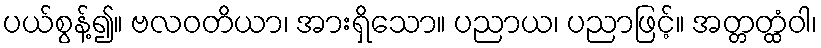
ပယ်စွန့်၍။ ဗလဝတိယာ၊ အားရှိသော။ ပညာယ၊ ပညာဖြင့်။ အတ္တတ္ထံဝါ၊